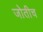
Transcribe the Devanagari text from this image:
जोतीच